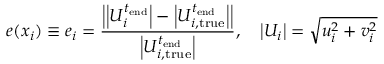
e ( \boldsymbol { x } _ { i } ) \equiv e _ { i } = \frac { \left| \left| U _ { i } ^ { t _ { \mathrm { e n d } } } \right| - \left| U _ { i , \mathrm { t r u e } } ^ { t _ { \mathrm { e n d } } } \right| \right| } { \left| U _ { i , \mathrm { t r u e } } ^ { t _ { \mathrm { e n d } } } \right| } , \quad \left| U _ { i } \right| = \sqrt { u _ { i } ^ { 2 } + v _ { i } ^ { 2 } }